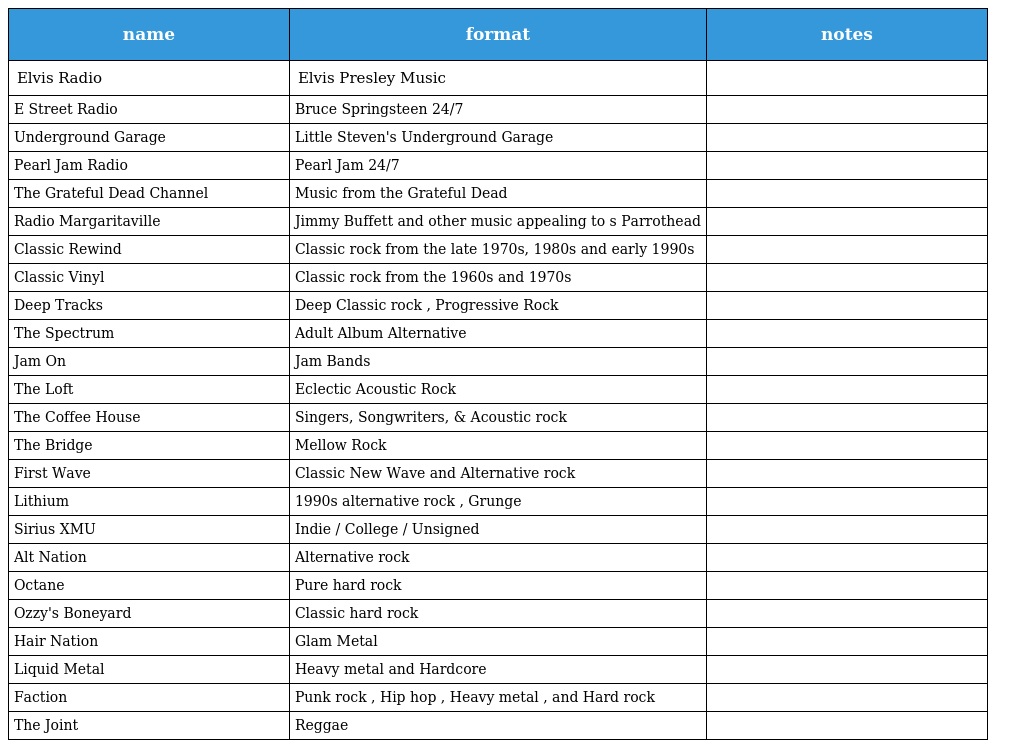
| name | format | notes |
 | --- | --- | --- |
 | Elvis Radio | Elvis Presley Music |  |
 | E Street Radio | Bruce Springsteen 24/7 |  |
 | Underground Garage | Little Steven's Underground Garage |  |
 | Pearl Jam Radio | Pearl Jam 24/7 |  |
 | The Grateful Dead Channel | Music from the Grateful Dead |  |
 | Radio Margaritaville | Jimmy Buffett and other music appealing to s Parrothead |  |
 | Classic Rewind | Classic rock from the late 1970s, 1980s and early 1990s |  |
 | Classic Vinyl | Classic rock from the 1960s and 1970s |  |
 | Deep Tracks | Deep Classic rock , Progressive Rock |  |
 | The Spectrum | Adult Album Alternative |  |
 | Jam On | Jam Bands |  |
 | The Loft | Eclectic Acoustic Rock |  |
 | The Coffee House | Singers, Songwriters, & Acoustic rock |  |
 | The Bridge | Mellow Rock |  |
 | First Wave | Classic New Wave and Alternative rock |  |
 | Lithium | 1990s alternative rock , Grunge |  |
 | Sirius XMU | Indie / College / Unsigned |  |
 | Alt Nation | Alternative rock |  |
 | Octane | Pure hard rock |  |
 | Ozzy's Boneyard | Classic hard rock |  |
 | Hair Nation | Glam Metal |  |
 | Liquid Metal | Heavy metal and Hardcore |  |
 | Faction | Punk rock , Hip hop , Heavy metal , and Hard rock |  |
 | The Joint | Reggae |  |